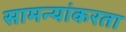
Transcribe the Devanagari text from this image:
सामन्यांकरता